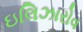
ઇલિઝારોવ